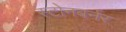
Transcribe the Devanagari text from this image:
स्टोनबर्नर